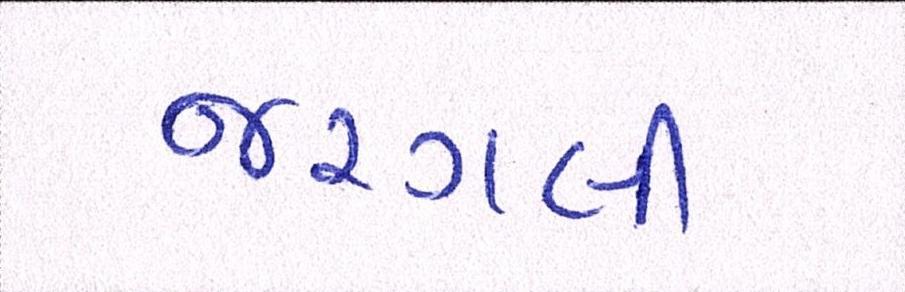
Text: જરગલી